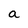
Character: a